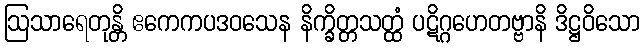
ဩသာရေတုန္တိ ဧကေကပဒဝသေန နိက္ခိတ္တသတ္ထံ ပဋိဂ္ဂဟေတဗ္ဗာနိ ဒိဋ္ဌဝိသော